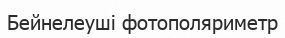
Бейнелеуші фотополяриметр